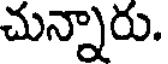
చున్నారు.